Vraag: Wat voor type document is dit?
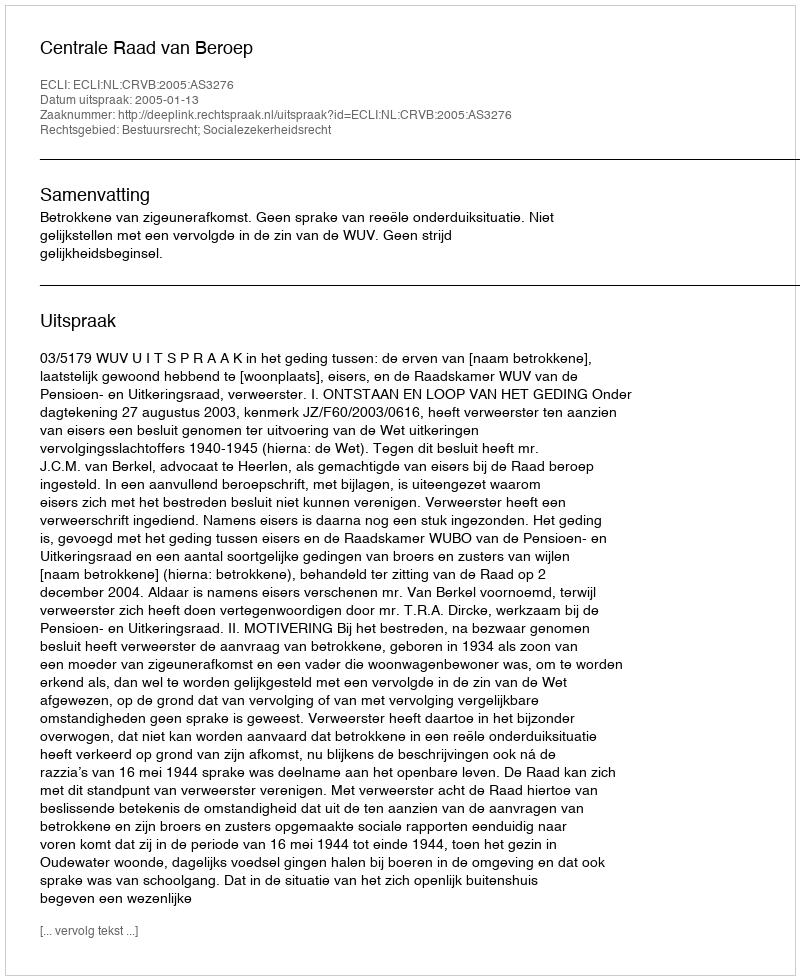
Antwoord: Uitspraak